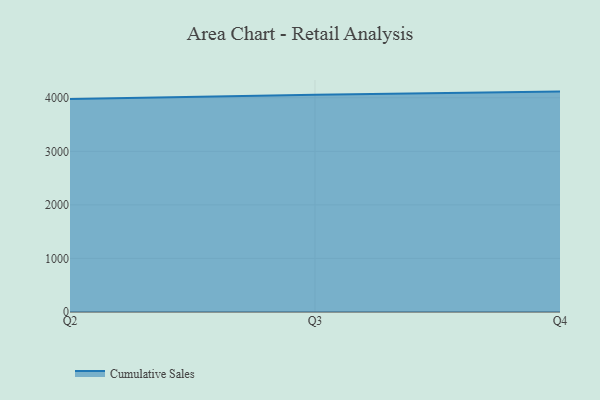
{"axis": {"x": "Quarter", "y": "Humidity (%)"}, "legend": ["Cumulative Sales"], "data": [{"x": "Q2", "y": 3978.6, "type": "Cumulative Sales"}, {"x": "Q3", "y": 4055.4, "type": "Cumulative Sales"}, {"x": "Q4", "y": 4115.2, "type": "Cumulative Sales"}]}